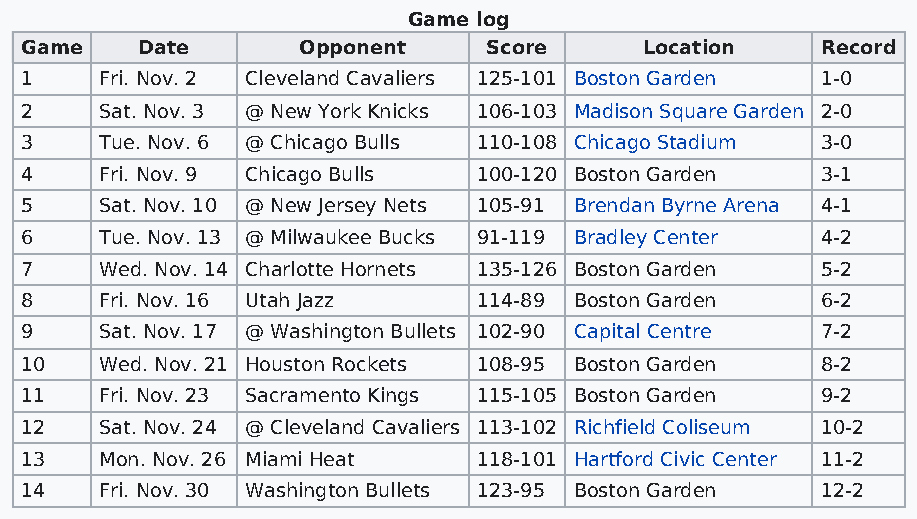
Game log
 Game    Date       Opponent    Score      Location   Record
 1     Fri. Nov. 2 Cleveland Cavaliers 125-101 Boston Garden 1-0
 2     Sat. Nov. 3 @ New York Knicks 106-103 Madison Square Garden 2-0
 3     Tue. Nov. 6 @ Chicago Bulls 110-108 Chicago Stadium 3-0
 4     Fri. Nov. 9 Chicago Bulls 100-120 Boston Garden 3-1
 5     Sat. Nov. 10 @ New Jersey Nets 105-91 Brendan Byrne Arena 4-1
 6     Tue. Nov. 13 @ Milwaukee Bucks 91-119 Bradley Center 4-2
 7     Wed. Nov. 14 Charlotte Hornets 135-126 Boston Garden 5-2
 8     Fri. Nov. 16 Utah Jazz   114-89 Boston Garden  6-2
 9     Sat. Nov. 17 @ Washington Bullets 102-90 Capital Centre 7-2
 10    Wed. Nov. 21 Houston Rockets 108-95 Boston Garden 8-2
 11    Fri. Nov. 23 Sacramento Kings 115-105 Boston Garden 9-2
 12    Sat. Nov. 24 @ Cleveland Cavaliers 113-102 Richfield Coliseum 10-2
 13    Mon. Nov. 26 Miami Heat  118-101 Hartford Civic Center 11-2
 14    Fri. Nov. 30 Washington Bullets 123-95 Boston Garden 12-2